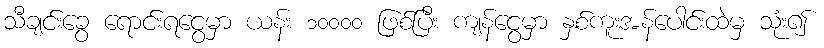
သီချင်းခွေ ရောင်းရငွေမှာ ယန်း ၁၀၀၀၀ ဖြစ်ပြီး ကျန်ငွေမှာ နှစ်ကူးအန်ပေါင်းထဲမှ သုံး၍